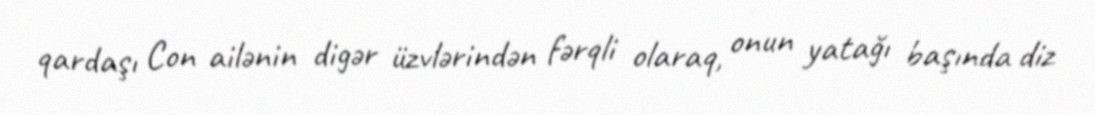
qardaşı Con ailənin digər üzvlərindən fərqli olaraq, onun yatağı başında diz